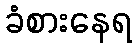
ခံစားနေရ